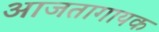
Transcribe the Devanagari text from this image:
आजतागायक